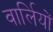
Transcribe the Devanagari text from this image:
वार्लियों